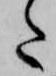
た